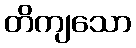
တိကျသော